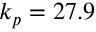
k _ { p } = 2 7 . 9